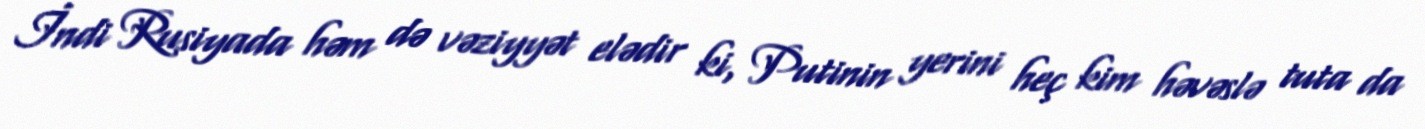
İndi Rusiyada həm də vəziyyət elədir ki, Putinin yerini heç kim həvəslə tuta da